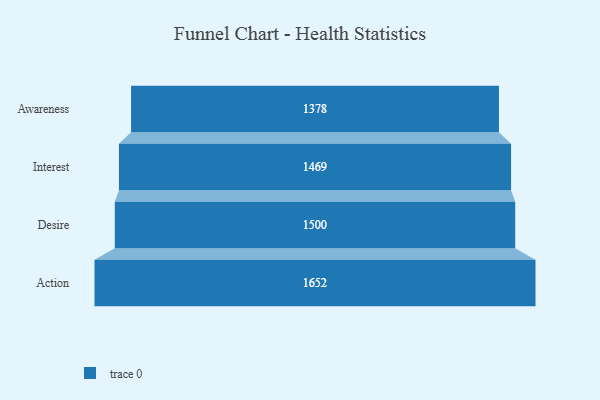
{"axis": {"x": "Stage", "y": "Value"}, "legend": [""], "data": [{"x": "Awareness", "y": 1378.0, "type": ""}, {"x": "Interest", "y": 1469.0, "type": ""}, {"x": "Desire", "y": 1500.0, "type": ""}, {"x": "Action", "y": 1652.0, "type": ""}]}